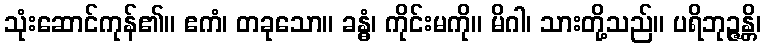
သုံးဆောင်ကုန်၏။ ဧကံ၊ တခုသော။ ခန္ဓံ၊ ကိုင်းမကို။ မိဂါ၊ သားတို့သည်။ ပရိဘုဉ္ဇန္တိ၊